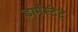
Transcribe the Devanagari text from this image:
डार्मस्टेट